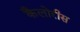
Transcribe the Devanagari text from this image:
कैलोरीस